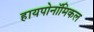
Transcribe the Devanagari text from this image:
हायपोनॉमिकल